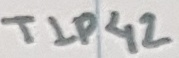
Text: TIP42